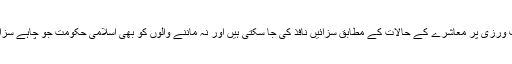
قوانین کی خلاف ورزی پر معاشرے کے حالات کے مطابق سزائیں نافذ کی جا سکتی ہیں اور نہ ماننے والوں کو بھی اسلامی حکومت جو چاہے سزا دے سکتی ہے۔